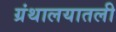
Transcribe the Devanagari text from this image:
ग्रंथालयातली